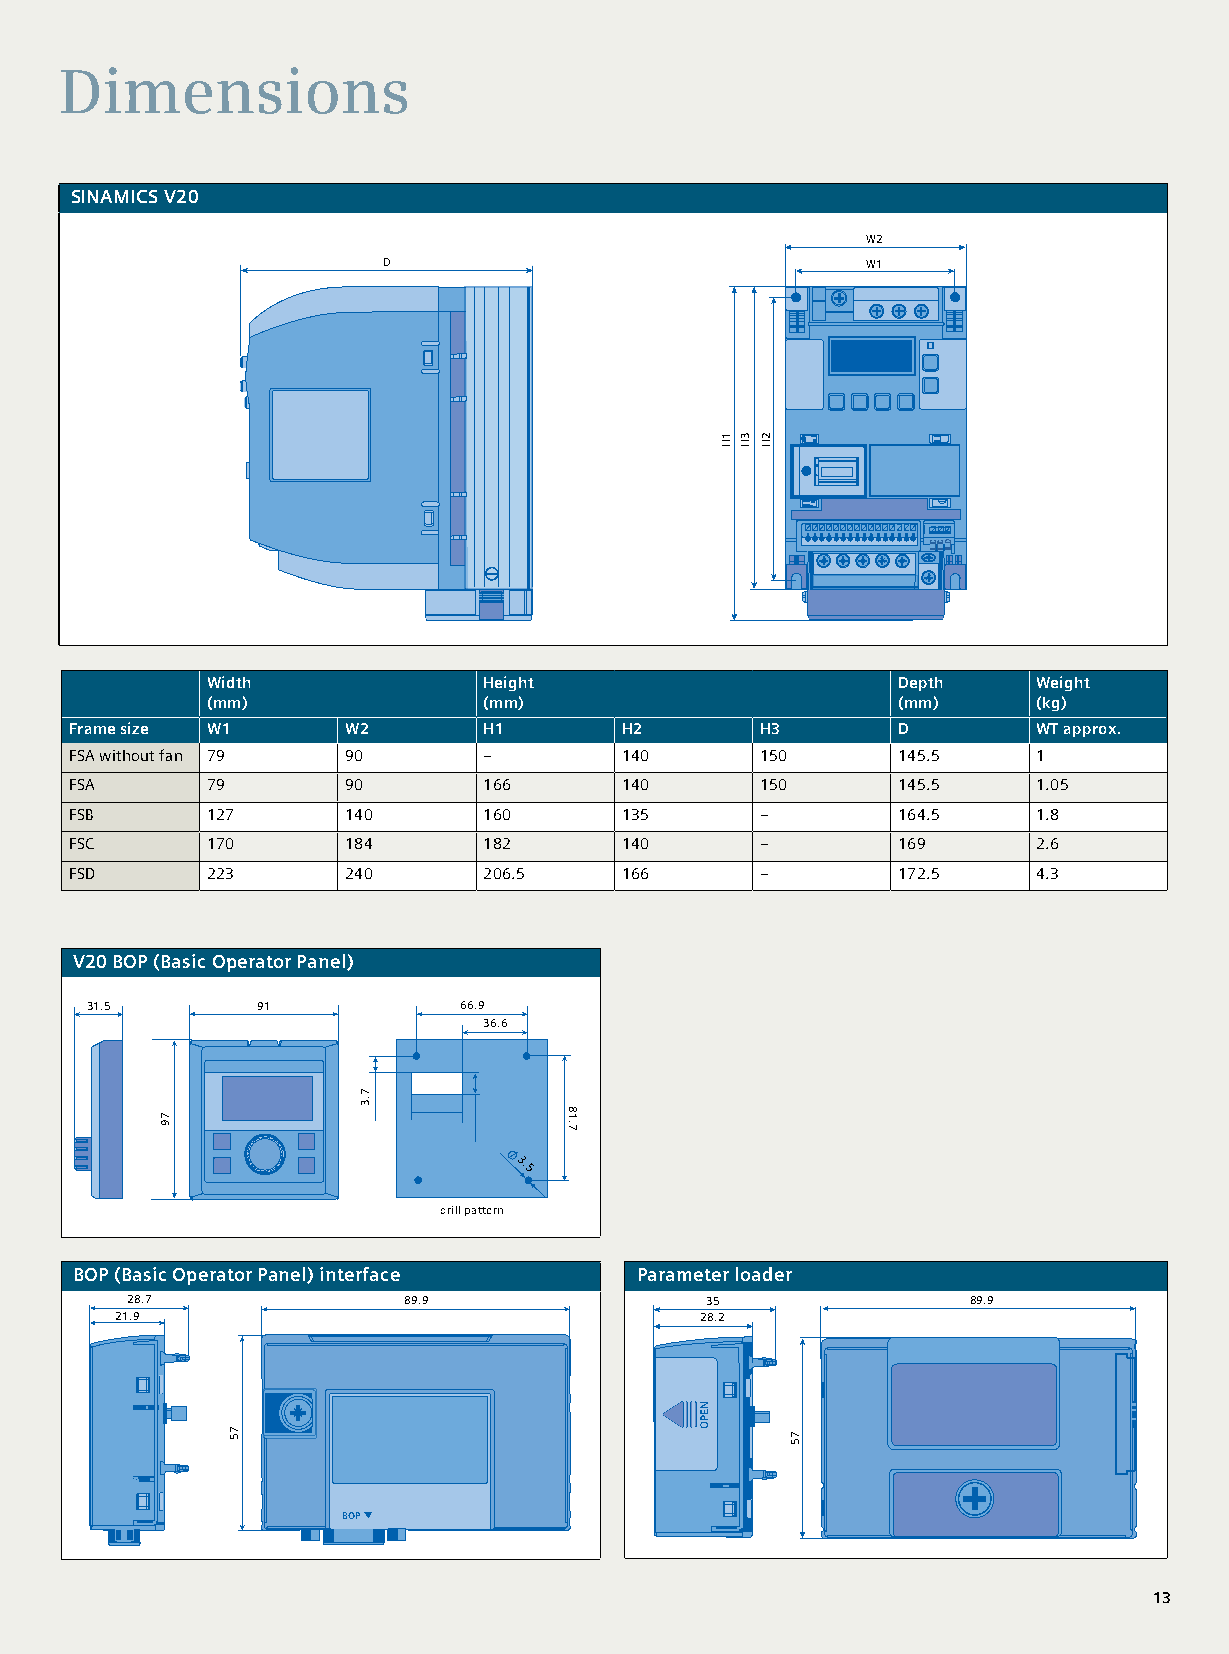
Dimensions
 SINAMICS V20
 W2
 D                               W1
 Width             Height                     Depth     Weight
 (mm)              (mm)                       (mm)      (kg)
 Frame size W1     W2       H1       H2       H3       D         WT approx.
 FSA without fan 79 90      –        140      150      145.5     1
 FSA      79       90       166      140      150      145.5     1.05
 FSB      127      140      160      135      –        164.5     1.8
 FSC      170      184      182      140      –        169       2.6
 FSD      223      240      206.5    166      –        172.5     4.3
 V20 BOP (Basic Operator Panel)
 31.5       91           66.9
 36.6
 3.5
 drill pattern
 BOP (Basic Operator Panel) interface Parameter loader
 28.7               89.9                35               89.9
 21.9                                  28.2
 BOP
 13                                                                      13
 79
 75
 7.3
 81.7
 NEPO
 1H 3H 2H
 75